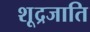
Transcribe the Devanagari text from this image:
शूद्रजाति